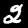
Digit: 2